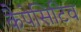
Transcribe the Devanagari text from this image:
कैपेसिटिव